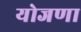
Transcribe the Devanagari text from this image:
योजणा